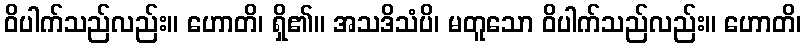
ဝိပါက်သည်လည်း။ ဟောတိ၊ ရှိ၏။ အသဒိသံပိ၊ မတူသော ဝိပါက်သည်လည်း။ ဟောတိ၊